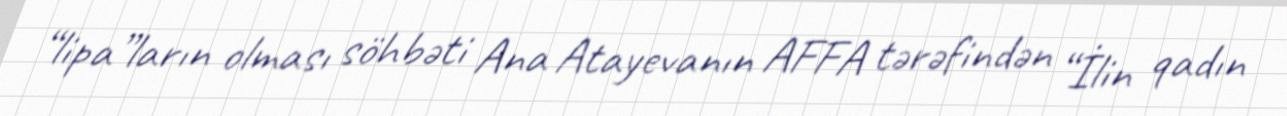
“lipa”ların olması söhbəti Ana Atayevanın AFFA tərəfindən “İlin qadın